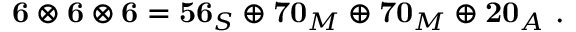
\mathbf { 6 } \otimes \mathbf { 6 } \otimes \mathbf { 6 } = \mathbf { 5 6 } _ { S } \oplus \mathbf { 7 0 } _ { M } \oplus \mathbf { 7 0 } _ { M } \oplus \mathbf { 2 0 } _ { A } ~ .